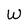
Character: W